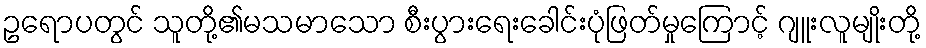
ဥရောပတွင် သူတို့၏မသမာသော စီးပွားရေးခေါင်းပုံဖြတ်မှုကြောင့် ဂျူးလူမျိုးတို့